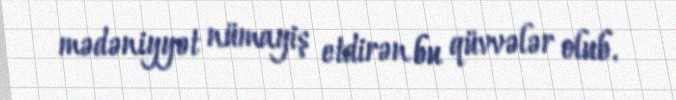
mədəniyyət nümayiş etdirən bu qüvvələr olub.